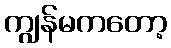
ကျွန်မကတော့